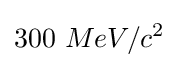
300\ MeV/c^{2}